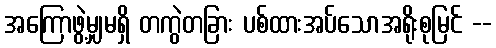
အကြောဖွဲ့မျှမရှိ တကွဲတခြား ပစ်ထားအပ်သောအရိုးစုမြင် --